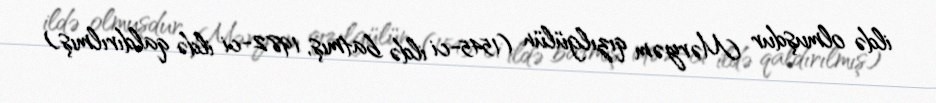
ildə olmuşdur Məryəm qızılgülün (1545-ci ildə batmış, 1982-ci ildə qaldırılmış)